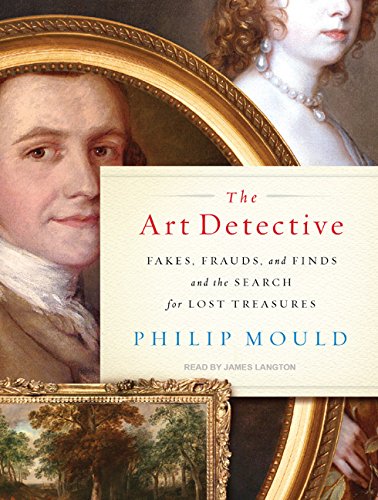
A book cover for The Art Detective: Fakes, Frauds, and Finds and the Search for Lost Treasures; Philip Mould; Crafts, Hobbies & Home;